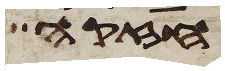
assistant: חזקה